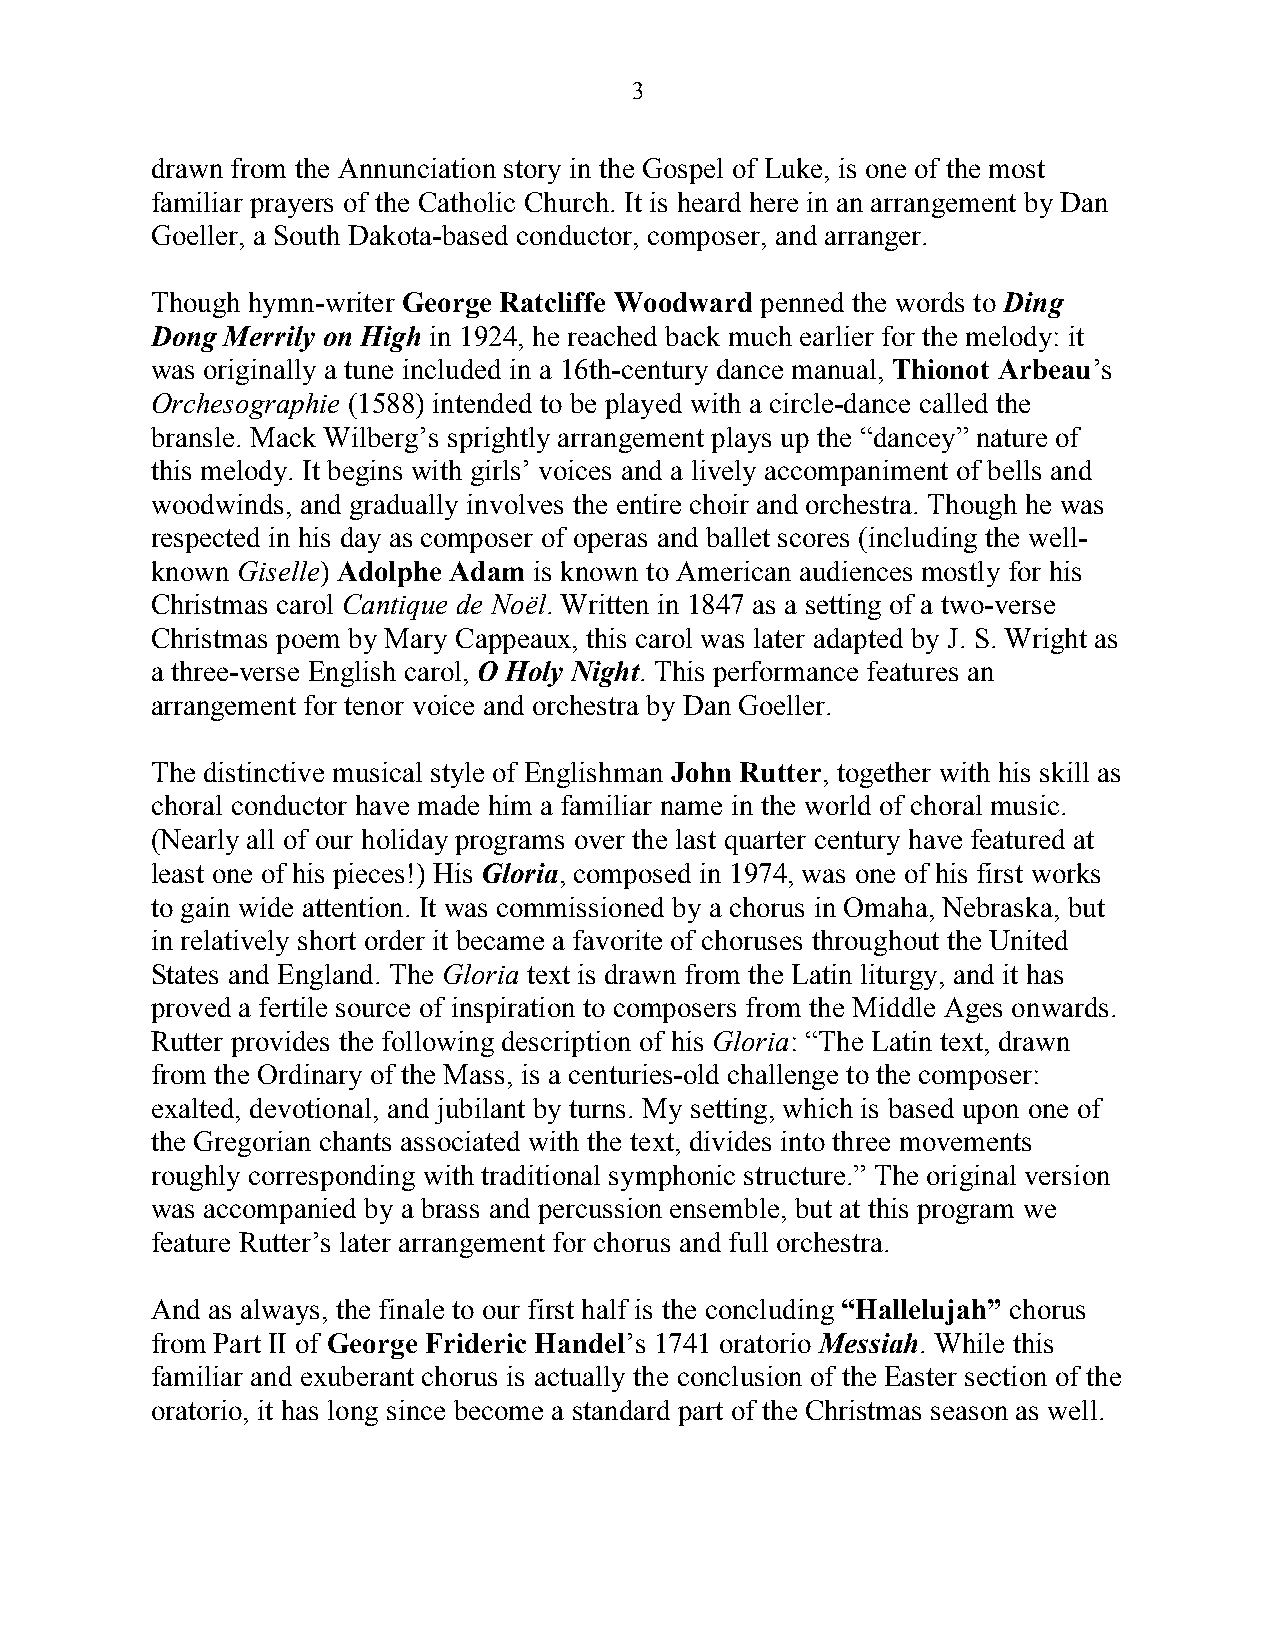
3
 drawn from the Annunciation story in the Gospel of Luke, is one of the most
 familiar prayers of the Catholic Church. It is heard here in an arrangement by Dan
 Goeller, a South Dakota-based conductor, composer, and arranger.
 Though hymn-writer George Ratcliffe Woodward penned the words to Ding
 Dong Merrily on High in 1924, he reached back much earlier for the melody: it
 was originally a tune included in a 16th-century dance manual, Thionot Arbeau’s
 Orchesographie (1588) intended to be played with a circle-dance called the
 bransle. Mack Wilberg’s sprightly arrangement plays up the “dancey” nature of
 this melody. It begins with girls’ voices and a lively accompaniment of bells and
 woodwinds, and gradually involves the entire choir and orchestra. Though he was
 respected in his day as composer of operas and ballet scores (including the well-
 known Giselle) Adolphe Adam is known to American audiences mostly for his
 Christmas carol Cantique de Noël. Written in 1847 as a setting of a two-verse
 Christmas poem by Mary Cappeaux, this carol was later adapted by J. S. Wright as
 a three-verse English carol, O Holy Night. This performance features an
 arrangement for tenor voice and orchestra by Dan Goeller.
 The distinctive musical style of Englishman John Rutter, together with his skill as
 choral conductor have made him a familiar name in the world of choral music.
 (Nearly all of our holiday programs over the last quarter century have featured at
 least one of his pieces!) His Gloria, composed in 1974, was one of his first works
 to gain wide attention. It was commissioned by a chorus in Omaha, Nebraska, but
 in relatively short order it became a favorite of choruses throughout the United
 States and England. The Gloria text is drawn from the Latin liturgy, and it has
 proved a fertile source of inspiration to composers from the Middle Ages onwards.
 Rutter provides the following description of his Gloria: “The Latin text, drawn
 from the Ordinary of the Mass, is a centuries-old challenge to the composer:
 exalted, devotional, and jubilant by turns. My setting, which is based upon one of
 the Gregorian chants associated with the text, divides into three movements
 roughly corresponding with traditional symphonic structure.” The original version
 was accompanied by a brass and percussion ensemble, but at this program we
 feature Rutter’s later arrangement for chorus and full orchestra.
 And as always, the finale to our first half is the concluding “Hallelujah” chorus
 from Part II of George Frideric Handel’s 1741 oratorio Messiah. While this
 familiar and exuberant chorus is actually the conclusion of the Easter section of the
 oratorio, it has long since become a standard part of the Christmas season as well.